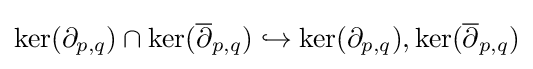
\ker(\partial _{p,q})\cap \ker({\overline {\partial }}_{p,q})\hookrightarrow \ker(\partial _{p,q}),\ker({\overline {\partial }}_{p,q})